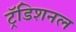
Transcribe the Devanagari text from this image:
ट्रॅडिशनल